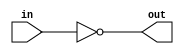
module Inverter2 (in,out);
input in;
output out;
assign out = ~in;
endmodule